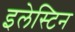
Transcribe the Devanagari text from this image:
इलेस्टिन